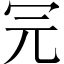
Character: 𠕻